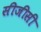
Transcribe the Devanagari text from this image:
सीजीसी